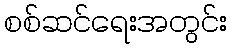
စစ်ဆင်ရေးအတွင်း